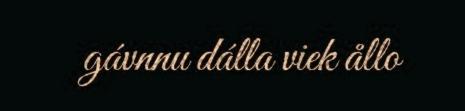
gávnnu dálla viek ållo